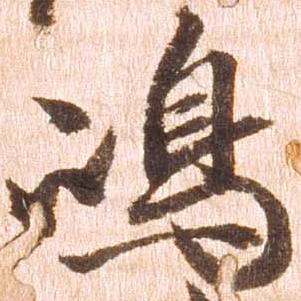
嶋